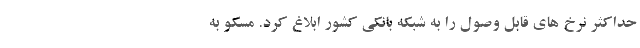
حداکثر نرخ های قابل وصول را به شبکه بانکی کشور ابلاغ کرد. مسکو به